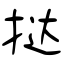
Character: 挞